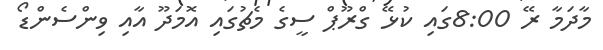
މާދަމާ ރޭ 8:00ގައި ކުޅޭ ގްރޫޕް ސީގެ މެޗުގައި އޮމަދޫ އާއި ވިންސެންޑޯ